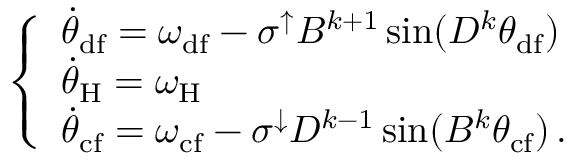
\begin{array} { r } { \left\{ \begin{array} { l l } { \Dot { \theta } _ { \mathrm { d f } } = \omega _ { \mathrm { d f } } - \sigma ^ { \uparrow } B ^ { k + 1 } \sin ( D ^ { k } \theta _ { \mathrm { d f } } ) } \\ { \Dot { \theta } _ { \mathrm { H } } = \omega _ { \mathrm { H } } } \\ { \Dot { \theta } _ { \mathrm { c f } } = \omega _ { \mathrm { c f } } - \sigma ^ { \downarrow } D ^ { k - 1 } \sin ( B ^ { k } \theta _ { \mathrm { c f } } ) \, . } \end{array} \right. } \end{array}